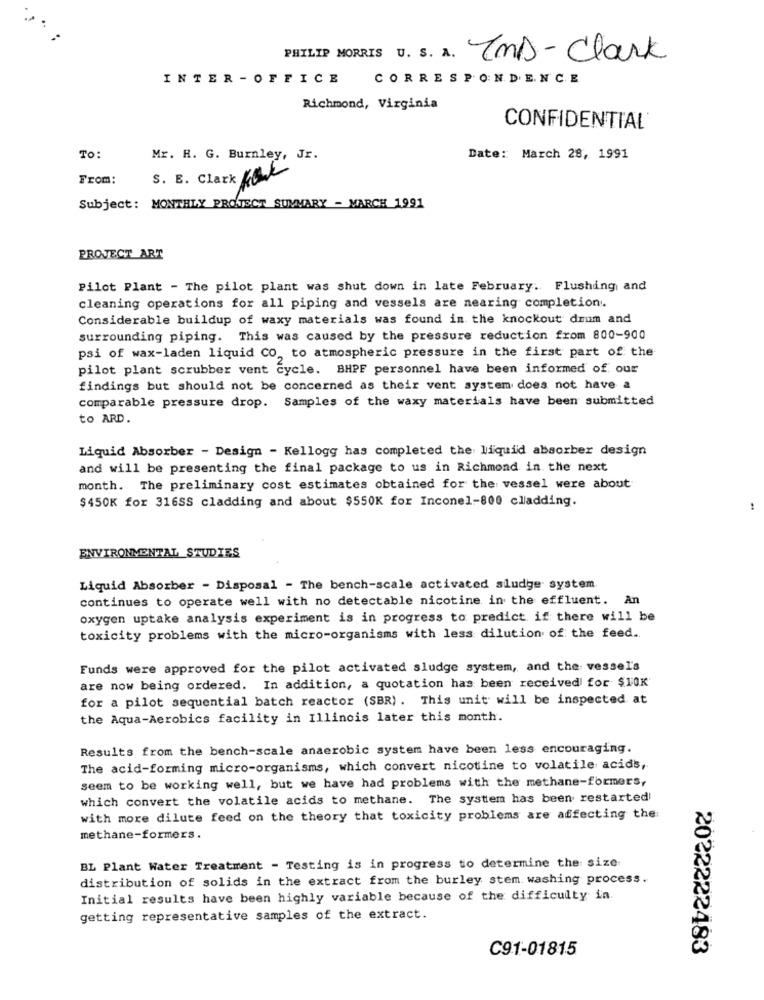
PHILIP MORRIS U. s. A. InD-Clark
INTER - OFFICE
CORRESPONDENCE
Richmond, Virginia
CONFIDENTIAL
To:
Mr. R. G. Burnley, Jr.
Date: March 28, 1991
From:
S. B. Clark Kok
Subject: MONTHLY PROJECT SUMMARY - MARCH 1991
PROJECT ART
Pilot Plant - The pilot plant was shut down in late February. Flushing and
cleaning operations for all piping and vessels are nearing completion.
Considerable buildup of waxy materials was found in the knockout drum and
surrounding piping. This was caused by the pressure reduction from 800-900
psi of wax-laden liquid CO, to atmospheric pressure in the first part of the
pilot plant scrubber vent cycle. BHPF personnel have been informed of our
findings but should not be concerned as their vent system does not have a
comparable pressure drop. Samples of the waxy materials have been submitted
to ARD.
Liquid Absorber - Design - Kellogg has completed the liquid absorber design
and will be presenting the final package to us in Richmond in the next
month. The preliminary cost estimates obtained for the vessel were about
$450K for 316SS cladding and about $550K for Inconel-800 cladding.
ENVIRONMENTAL STUDIES
Liquid Absorber - Disposal - The bench-scale activated sludge system
continues to operate well with no detectable nicotine in the effluent. An
oxygen uptake analysis experiment is in progress to predict if there will be
toxicity problems with the micro-organisms with less dilution of the feed ..
Funds were approved for the pilot activated sludge system, and the vessel's
are now being ordered. In addition, a quotation has been received for $10K
for a pilot sequential batch reactor (SBR). This unit will be inspected at
the Aqua-Aerobics facility in Illinois later this month.
Results from the bench-scale anaerobic system have been less encouraging.
The acid-forming micro-organisms, which convert nicotine to volatile acids,
seem to be working well, but we have had problems with the methane-formers,
which convert the volatile acids to methane. The system has been restarted
with more dilute feed on the theory that toxicity problems are affecting the:
methane-formers.
BL Plant Water Treatment - Testing is in progress to determine the size
distribution of solids in the extract from the burley stem washing process.
Initial results have been highly variable because of the difficulty in.
getting representative samples of the extract.
C91-01815
2022222483